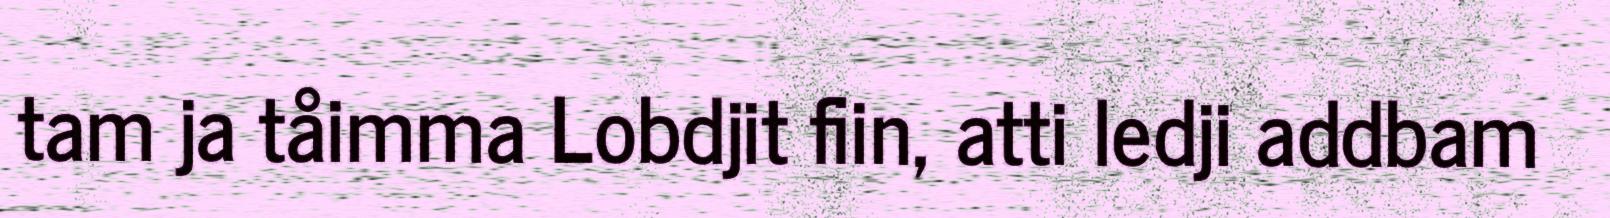
tam ja tåimma Lobdjit fiin, atti ledji addbam